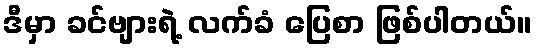
ဒီမှာ ခင်ဗျားရဲ့ လက်ခံ ပြေစာ ဖြစ်ပါတယ်။